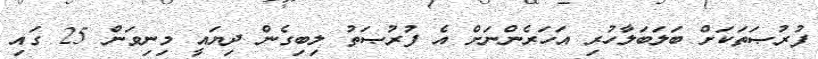
ފުރުޞަތަކަށް ބަލަބަލާހުރި އަހަރެންނަށް އެ ފުރުޞަތު ލިބިގެން ދިޔައީ މިނިވަން 25 ގައި